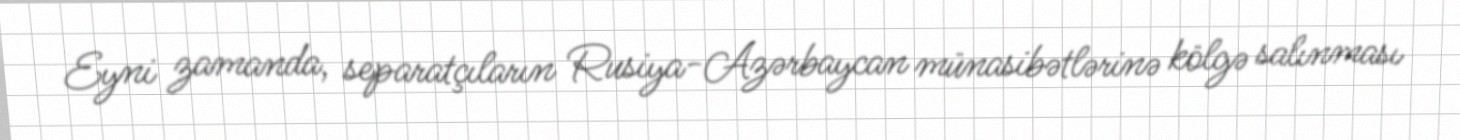
Eyni zamanda, separatçıların Rusiya-Azərbaycan münasibətlərinə kölgə salınması